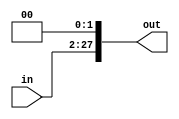
`timescale 1ns / 1ps
//////////////////////////////////////////////////////////////////////////////////
// Company: 
// Engineer: 
// 
// Design Name: 
// Module Name: shift_pc
// Project Name: 
// Target Devices: 
// Tool Versions: 
// Description: 
// 
// Dependencies: 
// 
// Revision:
// Revision 0.01 - File Created
// Additional Comments:
// 
//////////////////////////////////////////////////////////////////////////////////


module shift_pc(
    input [25:0] in,
    output [27:0] out
    );
    
    
    assign out = {in,2'b0};
    
endmodule